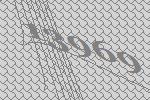
13969